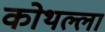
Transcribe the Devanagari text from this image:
कोथल्ला